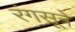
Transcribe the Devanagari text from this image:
रंगसूत्रे